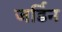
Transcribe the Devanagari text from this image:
जर्डिन